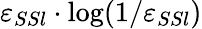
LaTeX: \varepsilon_{SSl}\cdot\log(1/\varepsilon_{SSl})